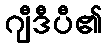
ဂျီဒီပီ၏